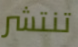
تنتشر